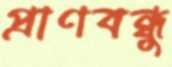
প্রাণবন্ধু